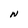
Character: N